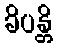
ခိပန္တိ